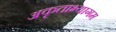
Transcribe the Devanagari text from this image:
अकृताभ्यागम